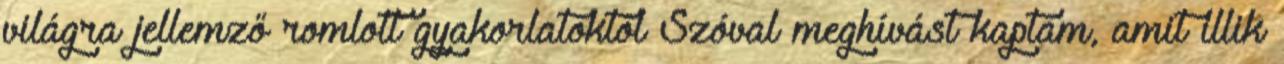
világra jellemző romlott gyakorlatoktól Szóval meghívást kaptam, amit illik